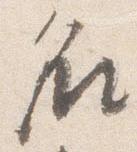
名